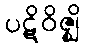
ပဋိဝိဇ္ဈိ